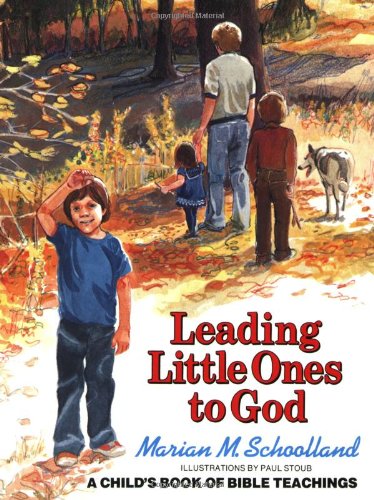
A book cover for Leading Little Ones to God: A Child's Book of Bible Teachings; Marian M. Schoolland; Religion & Spirituality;